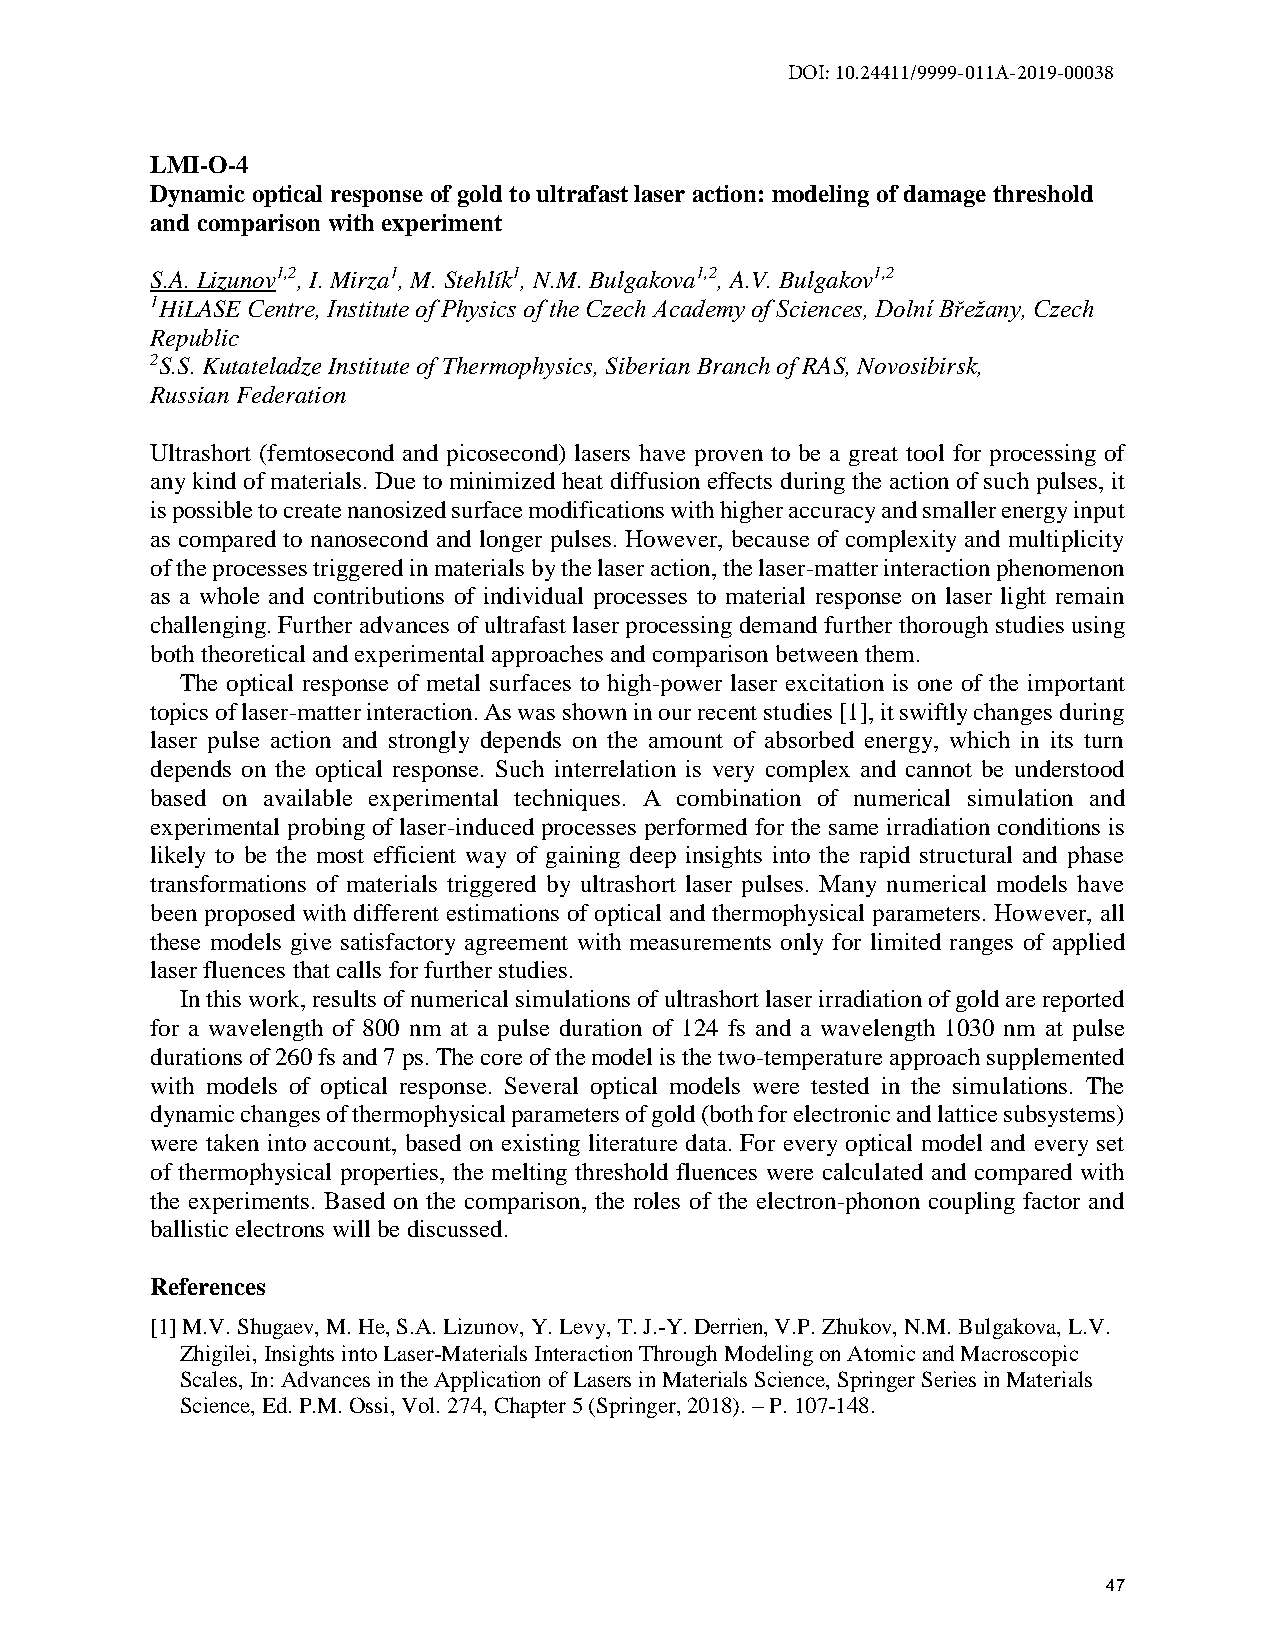
DOI: 10.24411/9999-011A-2019-00038
 LMI-O-4
 Dynamic optical response of gold to ultrafast laser action: modeling of damage threshold
 and comparison with experiment
 S.A. Lizunov1,2, I. Mirza1, M. Stehlík1, N.M. Bulgakova1,2, A.V. Bulgakov1,2
 1HiLASE Centre, Institute of Physics of the Czech Academy of Sciences, Dolní Břežany, Czech
 Republic
 2S.S. Kutateladze Institute of Thermophysics, Siberian Branch of RAS, Novosibirsk,
 Russian Federation
 Ultrashort (femtosecond and picosecond) lasers have proven to be a great tool for processing of
 any kind of materials. Due to minimized heat diffusion effects during the action of such pulses, it
 is possible to create nanosized surface modifications with higher accuracy and smaller energy input
 as compared to nanosecond and longer pulses. However, because of complexity and multiplicity
 of the processes triggered in materials by the laser action, the laser-matter interaction phenomenon
 as a whole and contributions of individual processes to material response on laser light remain
 challenging. Further advances of ultrafast laser processing demand further thorough studies using
 both theoretical and experimental approaches and comparison between them.
 The optical response of metal surfaces to high-power laser excitation is one of the important
 topics of laser-matter interaction. As was shown in our recent studies [1], it swiftly changes during
 laser pulse action and strongly depends on the amount of absorbed energy, which in its turn
 depends on the optical response. Such interrelation is very complex and cannot be understood
 based on available experimental techniques. A combination of numerical simulation and
 experimental probing of laser-induced processes performed for the same irradiation conditions is
 likely to be the most efficient way of gaining deep insights into the rapid structural and phase
 transformations of materials triggered by ultrashort laser pulses. Many numerical models have
 been proposed with different estimations of optical and thermophysical parameters. However, all
 these models give satisfactory agreement with measurements only for limited ranges of applied
 laser fluences that calls for further studies.
 In this work, results of numerical simulations of ultrashort laser irradiation of gold are reported
 for a wavelength of 800 nm at a pulse duration of 124 fs and a wavelength 1030 nm at pulse
 durations of 260 fs and 7 ps. The core of the model is the two-temperature approach supplemented
 with models of optical response. Several optical models were tested in the simulations. The
 dynamic changes of thermophysical parameters of gold (both for electronic and lattice subsystems)
 were taken into account, based on existing literature data. For every optical model and every set
 of thermophysical properties, the melting threshold fluences were calculated and compared with
 the experiments. Based on the comparison, the roles of the electron-phonon coupling factor and
 ballistic electrons will be discussed.
 References
 [1] M.V. Shugaev, M. He, S.A. Lizunov, Y. Levy, T. J.-Y. Derrien, V.P. Zhukov, N.M. Bulgakova, L.V.
 Zhigilei, Insights into Laser-Materials Interaction Through Modeling on Atomic and Macroscopic
 Scales, In: Advances in the Application of Lasers in Materials Science, Springer Series in Materials
 Science, Ed. P.M. Ossi, Vol. 274, Chapter 5 (Springer, 2018). – P. 107-148.
 47